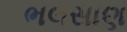
ભલસાણ